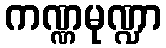
ကဏ္ဏမုဏ္ဍာ